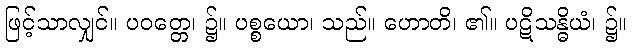
ဖြင့်သာလျှင်။ ပဝတ္တေ၊ ၌။ ပစ္စယော၊ သည်။ ဟောတိ၊ ၏။ ပဋိသန္ဓိယံ၊ ၌။